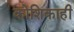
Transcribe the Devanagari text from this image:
कोशिकाही